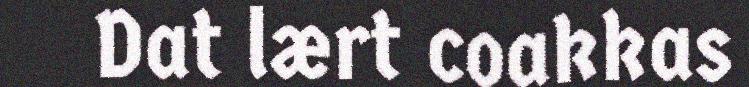
Dat lært coakkas